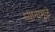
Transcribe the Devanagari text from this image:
ध्यानामुळे